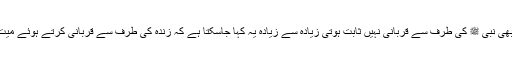
اگر امت محمد میں فوت شدگان کو بھی شامل کر لیا جائے تب بھی نبی ﷺ کی طرف سے قربانی نہیں ثابت ہوتی زیادہ سے زیادہ یہ کہا جاسکتا ہے کہ زندہ کی طرف سے قربانی کرتے ہوئے میت کا نام لیے بغیر ایسے عام کلمات استعمال کئے جاسکتے ہیں ۔